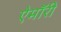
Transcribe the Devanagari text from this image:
ऐमॉरी